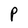
Character: P